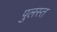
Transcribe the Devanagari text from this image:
पुलस्त